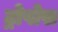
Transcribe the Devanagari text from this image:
ट्रोपोस